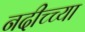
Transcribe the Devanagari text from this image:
नदीच्च्या